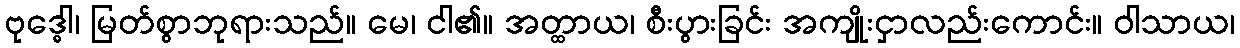
ဗုဒ္ဓေါ၊ မြတ်စွာဘုရားသည်။ မေ၊ ငါ၏။ အတ္ထာယ၊ စီးပွားခြင်း အကျိုးငှာလည်းကောင်း။ ဝါသာယ၊